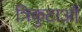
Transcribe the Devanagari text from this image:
त्रिकुटाओं